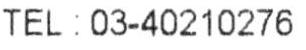
TEL : 03-40210276